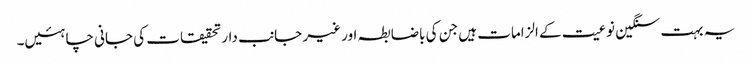
یہ بہت سنگین نوعیت کے الزامات ہیں جن کی باضابطہ اور غیر جانب دار تحقیقات کی جانی چاہئیں۔